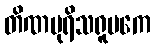
တိဏပုရိသရူပကေ